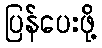
ပြန်ပေးဖို့